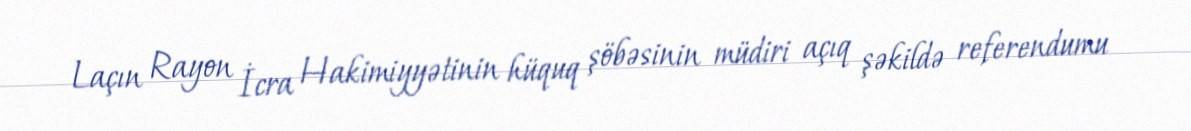
Laçın Rayon İcra Hakimiyyətinin hüquq şöbəsinin müdiri açıq şəkildə referendumu